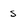
Character: s